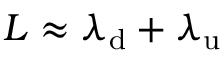
L \approx \lambda _ { \mathrm { d } } + \lambda _ { \mathrm { u } }